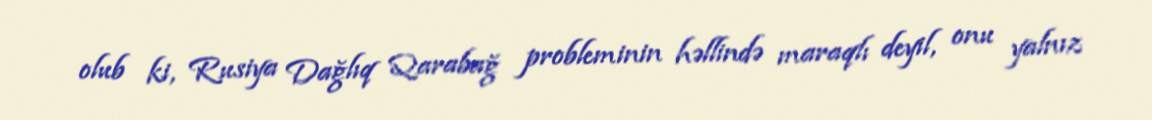
olub ki, Rusiya Dağlıq Qarabağ probleminin həllində maraqlı deyil, onu yalnız